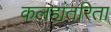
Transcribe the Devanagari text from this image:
कलहांतरिता